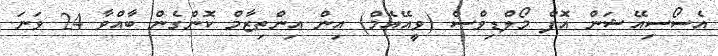
އެސޯސިއޭޝަން އޮފް މޯލްޑިވްސް (ވީއޭއެމް) އިން އިންތިޒާމް ކޮންގެން ބާއްވާ 24 ވަނަ